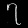
Digit: ၇